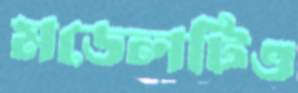
মডেলটিও